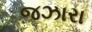
જઝારા